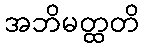
အဘိမတ္ထတိ